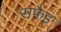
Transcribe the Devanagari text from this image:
सफैइ